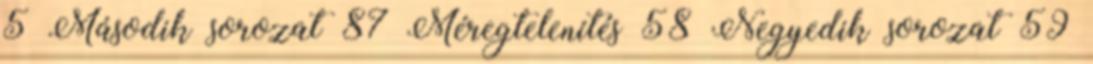
5 Második sorozat 87 Méregtelenítés 58 Negyedik sorozat 59